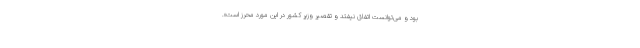
بود و می‌توانست اتفاق نیفتد و تقصیر وزیر کشور در این مورد محرز است».